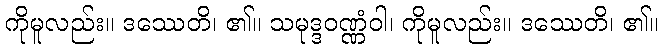
ကိုမူလည်း။ ဒဿေတိ၊ ၏။ သမုဒ္ဒဝဏ္ဏံဝါ၊ ကိုမူလည်း။ ဒဿေတိ၊ ၏။